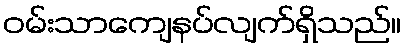
ဝမ်းသာကျေနပ်လျက်ရှိသည်။